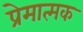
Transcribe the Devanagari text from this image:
प्रेमात्मक